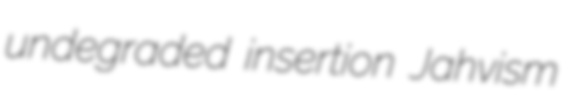
undegraded insertion Jahvism